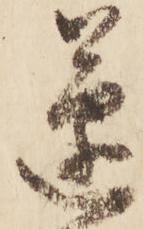
遂